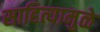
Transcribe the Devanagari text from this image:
साहित्यामुळे